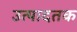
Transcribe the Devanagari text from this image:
उत्पादतक